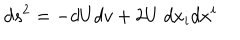
d s ^ { 2 } = - d U d v + 2 U \ d x _ { i } d x ^ { i }